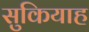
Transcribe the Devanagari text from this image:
सुकियाह